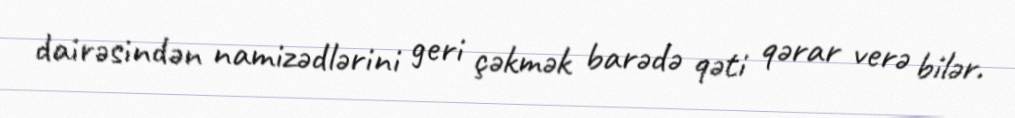
dairəsindən namizədlərini geri çəkmək barədə qəti qərar verə bilər.